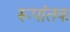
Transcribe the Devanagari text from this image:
रूपांतक